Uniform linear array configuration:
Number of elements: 48
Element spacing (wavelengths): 1
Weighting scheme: hamming
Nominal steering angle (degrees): -45
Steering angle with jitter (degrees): -43.428
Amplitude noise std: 0.05
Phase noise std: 0.05

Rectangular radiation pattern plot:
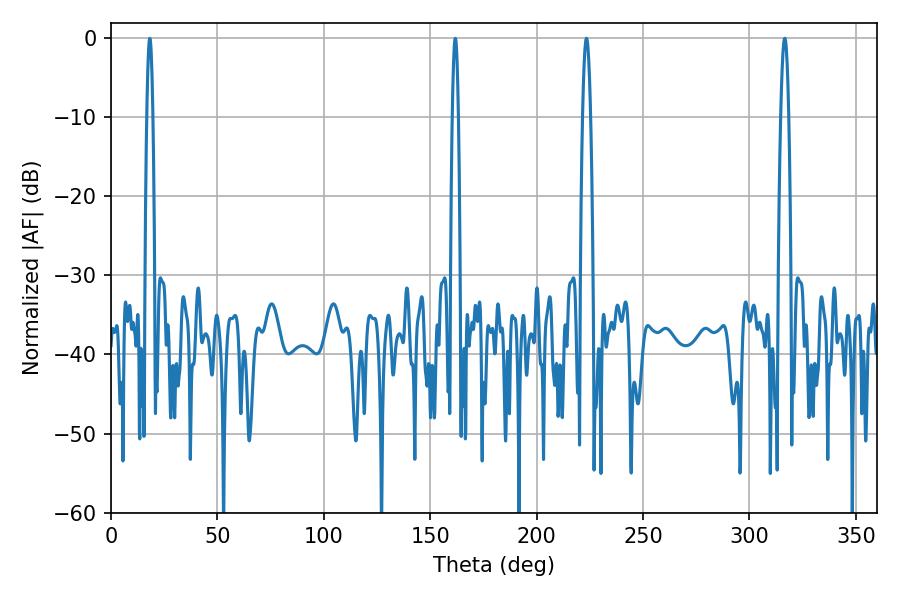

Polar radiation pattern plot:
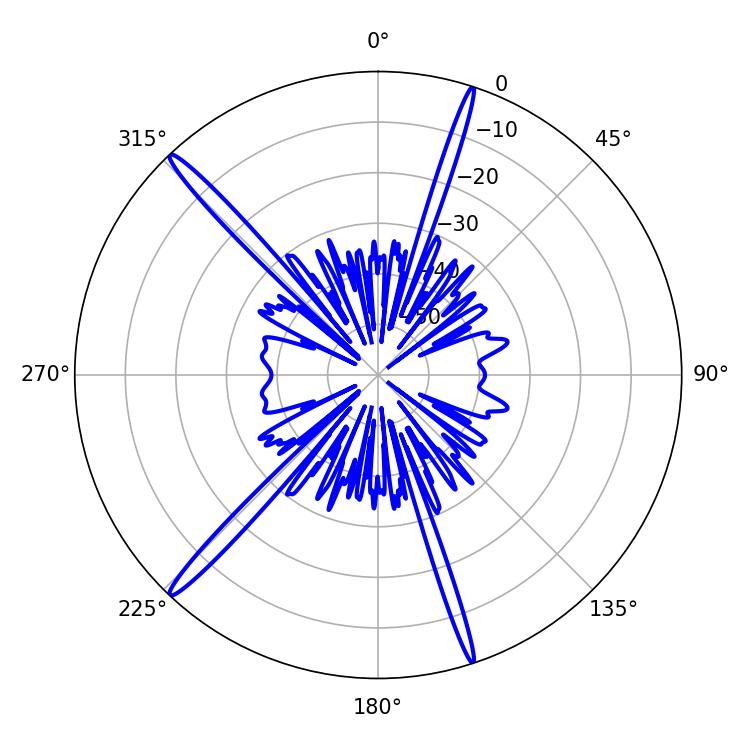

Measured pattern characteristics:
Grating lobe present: TRUE
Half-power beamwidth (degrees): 1.98
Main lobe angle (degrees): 223.38